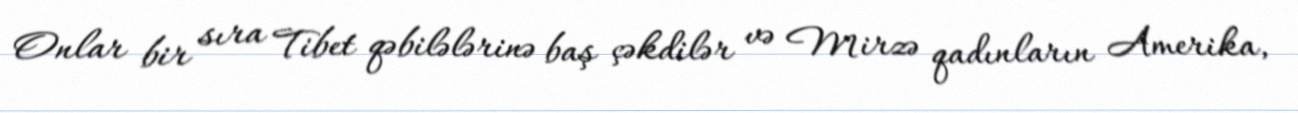
Onlar bir sıra Tibet qəbilələrinə baş çəkdilər və Mirzə qadınların Amerika,